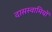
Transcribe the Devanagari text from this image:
दासस्वामियों